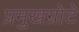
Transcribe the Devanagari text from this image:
प्रमुखग्रोटे